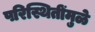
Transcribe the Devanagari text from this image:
परिस्थितींमुळे